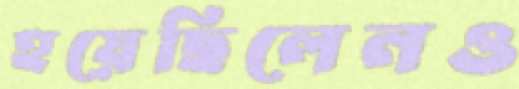
হয়েছিলেনও